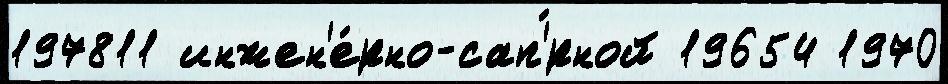
197811 инжен'е́рно-сап'́рной 19654 1970